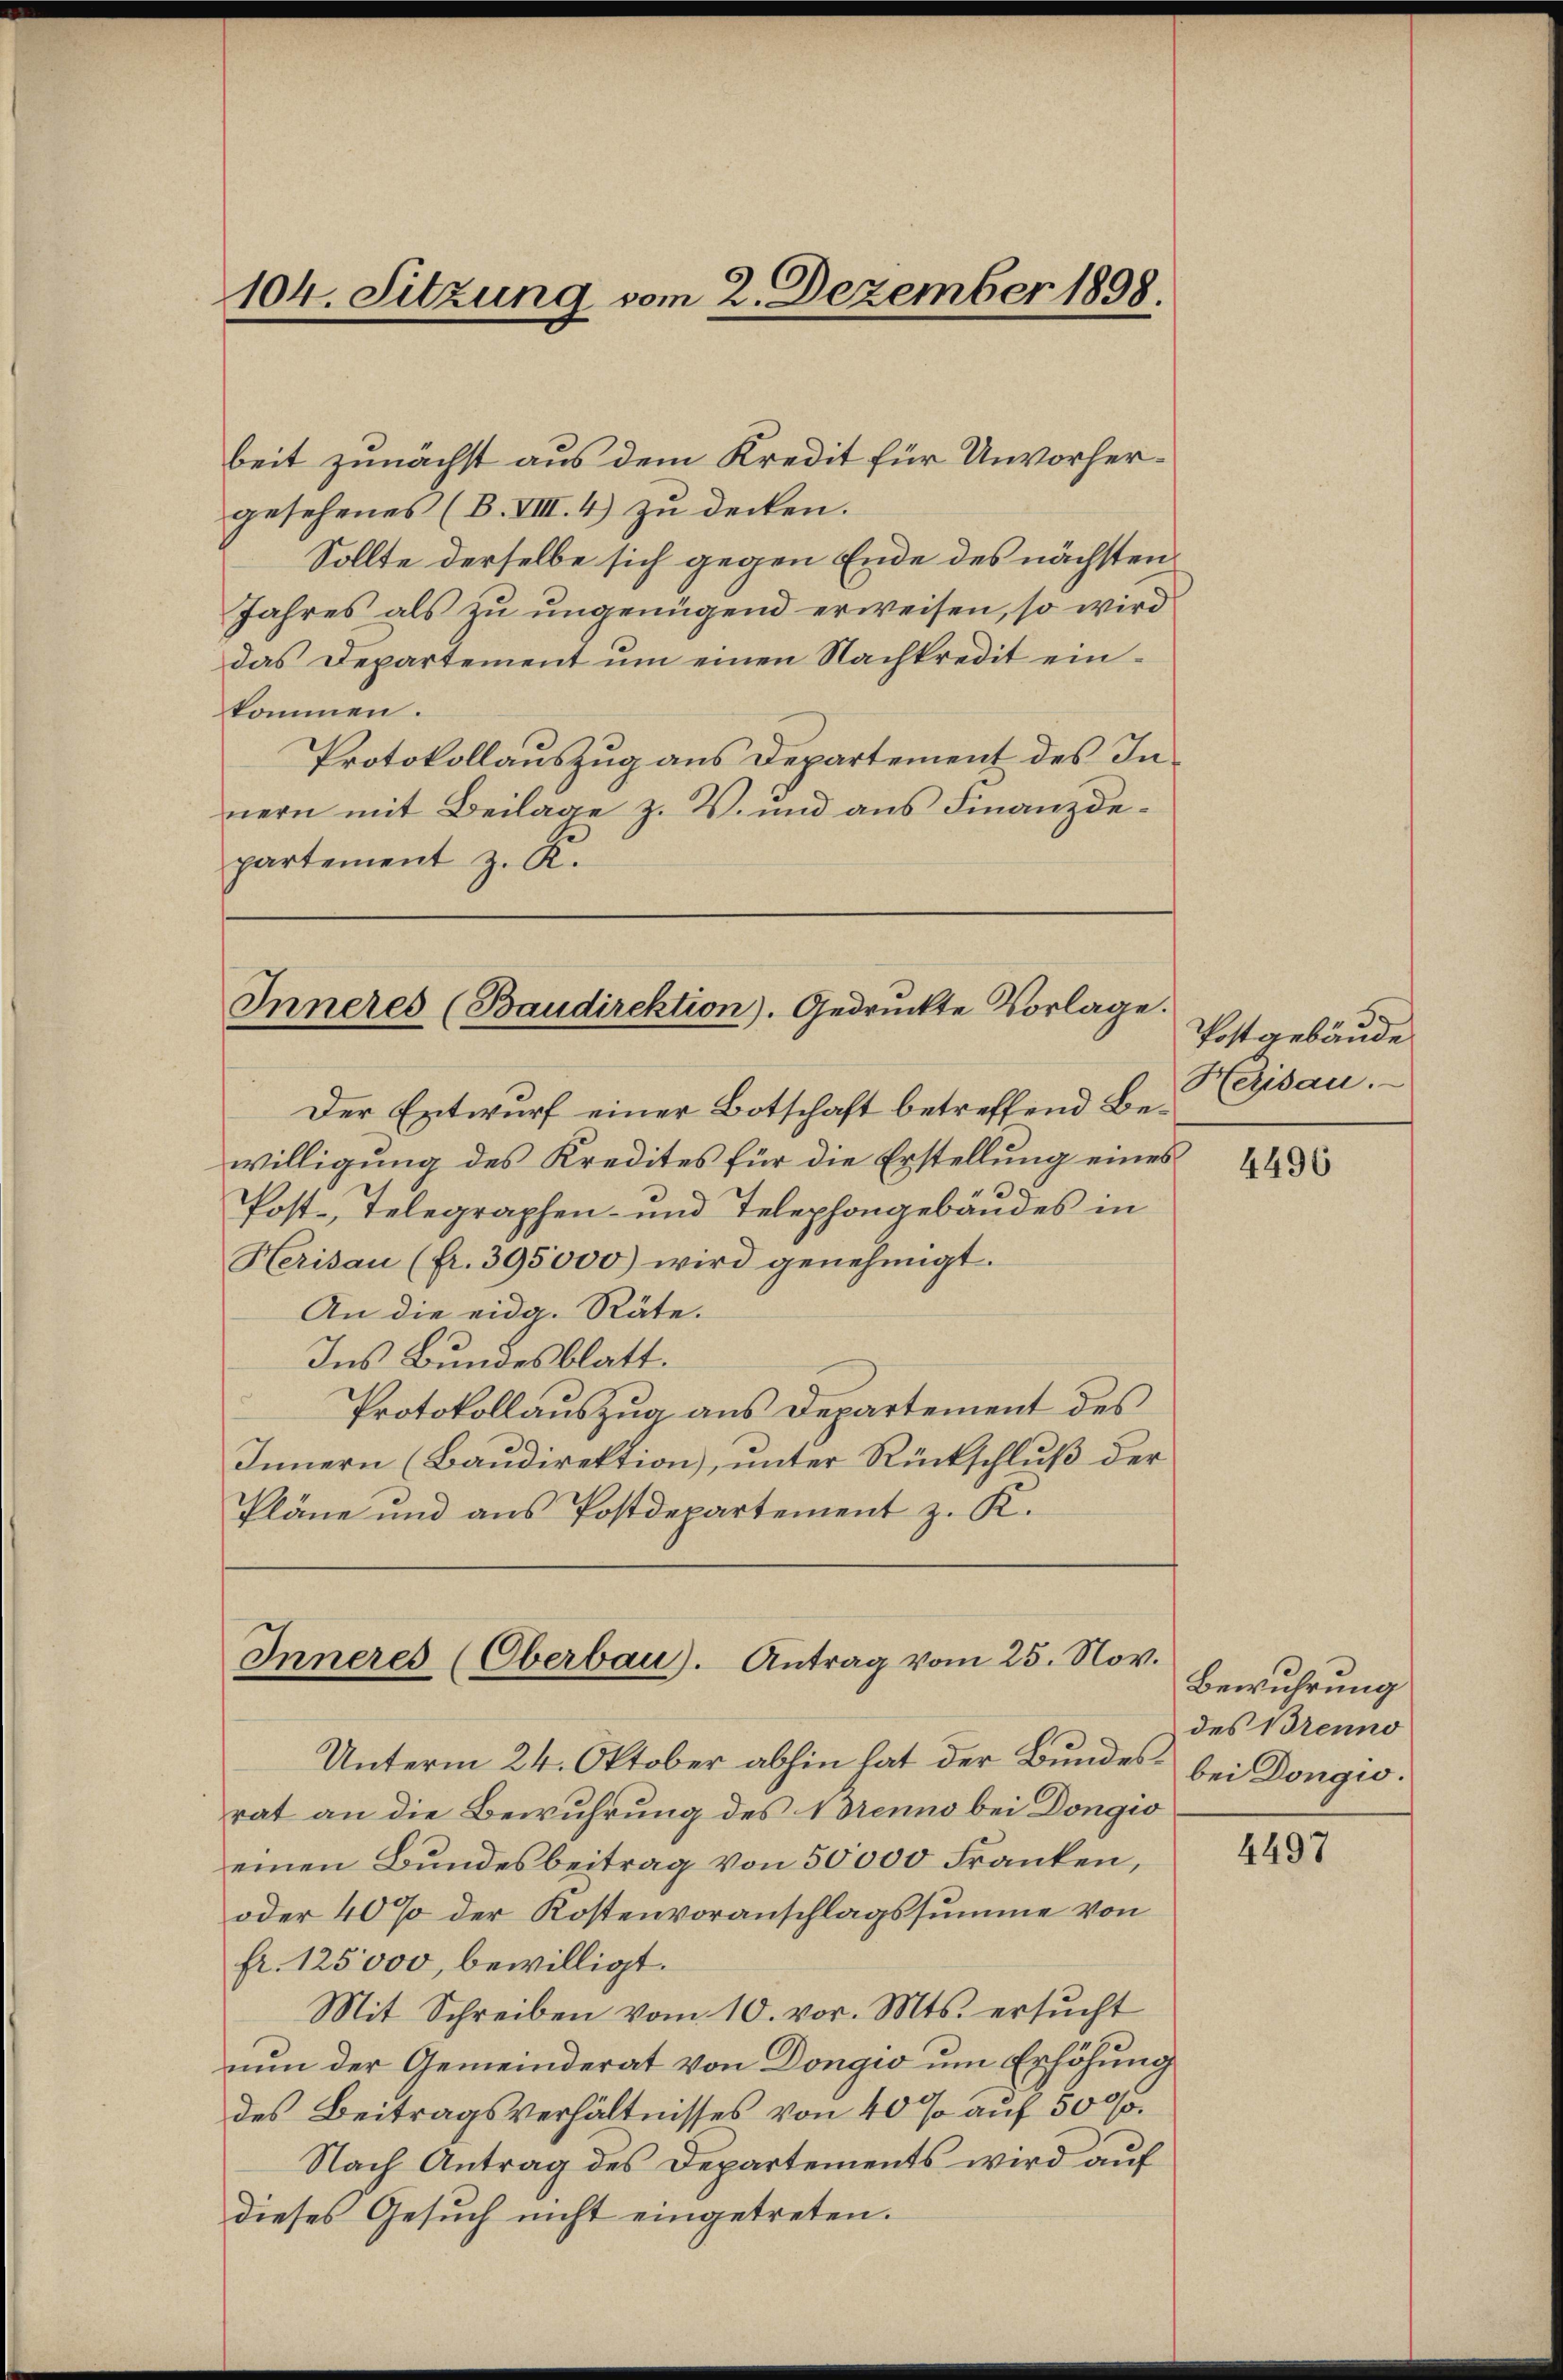
beit zunächst aus dem Kredit für Unvorhergesehenes (B. VIII. 4) zu decken.
Sollte derselbe sich gegen Ende des nächsten
Jahres als zu ungenügend erweisen, so wird
das Departement um einen Nachkredit einkommen.
Protokollauszug aus Departement des Innern mit Beilage z. V. und aus Finanzdepartement z. K.

104. Sitzung vom 2. Dezember 1898.

Inneres (Baudirektion). Gedruckte Vorlage.

Inneres (Oberbau). Antrag vom 25. Nov.

Unterm 24. Oktober abhin hat der Bundes bei Dongio.
rat an die Bewuhrung des 1 Denno bei Dongio
einen Bundesbeitrag von 50000 Franken,
oder 40% der Kostenvoranschlagssumme von
fr. 125000, bewilligt.
Mit Schreiben vom 10. vor. Mts. ersucht
nun der Gemeinderat von Dongi um Erhöhung
des Beitragsverhältnisses von 40% auf 5000.
Nach Antrag des Departements wird auf
dieses Gesuch nicht eingetreten.

Der Entwurf einer Botschaft betreffend Bewilligung des Kredites für die Erstellung eines
Post-Telegraphen- und Telephongebäudes in
Herisau (fr. 395,000) wird genehmigt.
An die eidg. Räte.
Ins Bundesblatt.
Protokollauszug aus Departement des
Innern (Baudirektion, unter Rückschluß der
Pläne und aus Postdepartement z. K.

Postgebäude
Herisau.

4496

Bewuhrung
des Brenno

4497